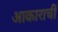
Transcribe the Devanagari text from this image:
आकाराचीं